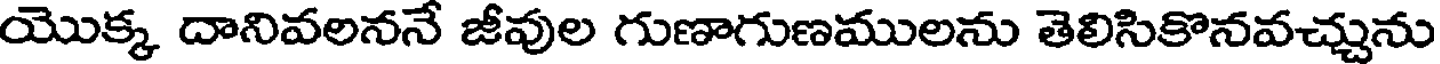
యొక్క దానివలననే జీవుల గుణాగుణములను తెలిసికొనవచ్చును